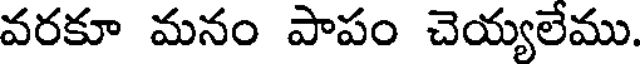
వరకూ మనం పాపం చెయ్యలేము.